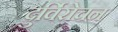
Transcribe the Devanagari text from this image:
दुर्विरोचन